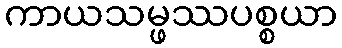
ကာယသမ္ဖဿပစ္စယာ